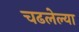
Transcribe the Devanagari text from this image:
चढलेल्या